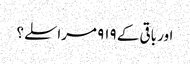
اور باقی کے ۹۱۹ مراسلے؟